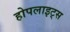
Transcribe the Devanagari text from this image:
होपलाइट्स